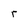
Character: r